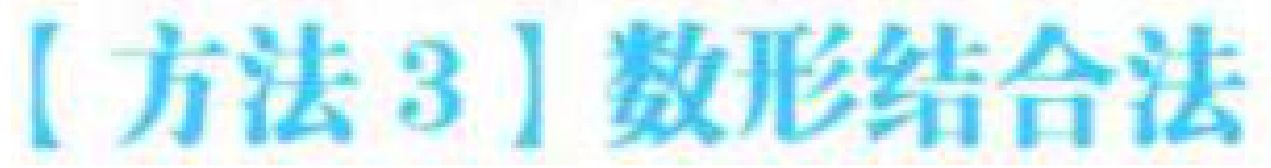
【方法3】数形结合法